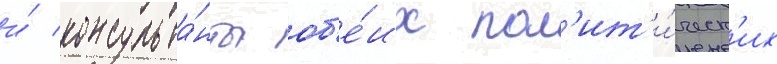
и́ консульта́нты об'е́их пол'ит'и́ческ'их